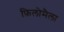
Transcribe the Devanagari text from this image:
फ़िलोमैला